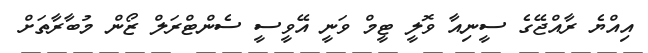
އިއްޔެ ރާއްޖޭގެ ސީނިއާ ވޮލީ ޓީމް ވަނީ އޭވީސީ ސެންޓްރަލް ޒޯން މުބާރާތަށް